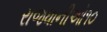
રાજધાનીઓ૧૦